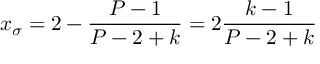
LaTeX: x _ { \sigma } = 2 - \frac { P - 1 } { P - 2 + k } = 2 \frac { k - 1 } { P - 2 + k }